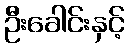
ဦးခေါင်းနှင့်